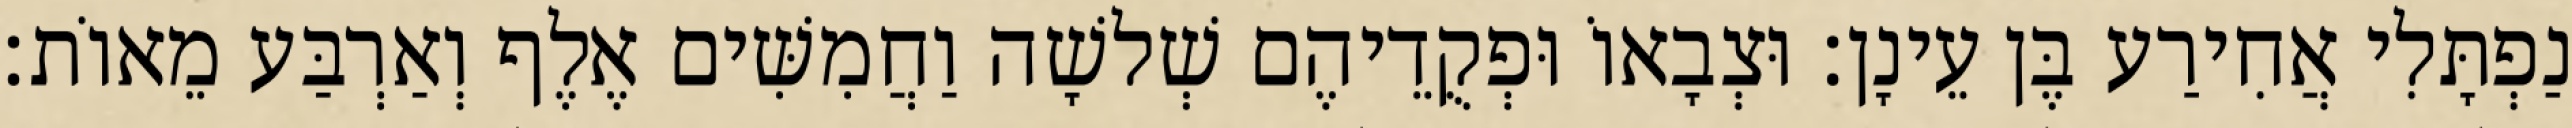
נַפְתָּלִי אֲחִירַע בֶּן עֵינָן׃ וּצְבָאוֹ וּפְקֻדֵיהֶם שְׁלשָׁה וַחֲמִשִּׁים אֶלֶף וְאַרְבַּע מֵאוֹת׃